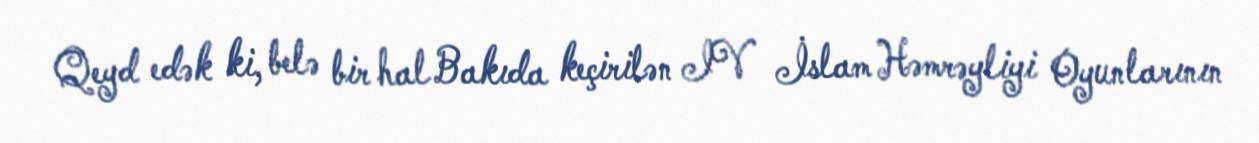
Qeyd edək ki, belə bir hal Bakıda keçirilən IV İslam Həmrəyliyi Oyunlarının